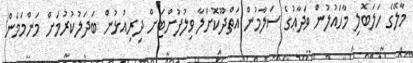
މާލޭގެ ހަލަބޮލި މާހައުލުން ވަދާޢުގެ ސަލާމުން އަތްދޫކޮށްލާ ވިލުފުށްޓަށް ދިރިއުޅުން ބަދަލުކުރުމަށް މަންމަމެން